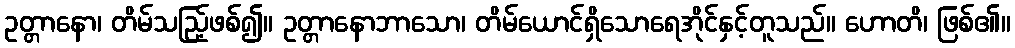
ဥတ္တာနော၊ တိမ်သည်ြ့ဖစ်၍။ ဥတ္တာနောဘာသော၊ တိမ်ယောင်ရှိသောရေအိုင်နှင့်တူသည်။ ဟောတိ၊ ဖြစ်၏။